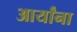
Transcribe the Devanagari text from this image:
आर्यांना